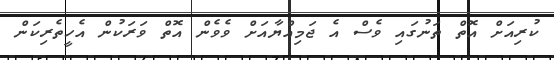
ކުރިއަށް އޮތް ތަނުގައި ވެސް އެ ޖަމިއްޔާއަށް ވެވެން އޮތް ވަރަކުން އެހީތެރިކަން